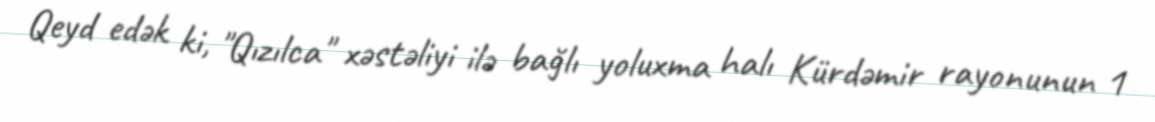
Qeyd edək ki, "Qızılca" xəstəliyi ilə bağlı yoluxma halı Kürdəmir rayonunun 1